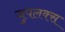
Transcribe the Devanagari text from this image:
जुपलक्स